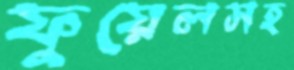
ফুয়েলসহ